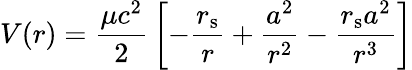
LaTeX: V(r)={\frac{\mu c^{2}}{2}}\left[-{\frac{r_{\mathrm{{s}}}}{r}}+{\frac{a^{2}}{r^{2}}}-{\frac{r_{\mathrm{{s}}}a^{2}}{r^{3}}}\right]